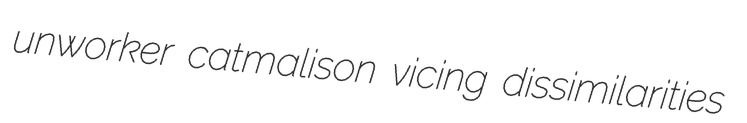
unworker catmalison vicing dissimilarities